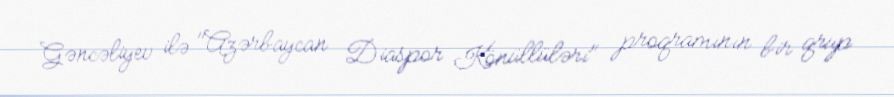
Gəncəliyev ilə "Azərbaycan Diaspor Könüllüləri" proqramının bir qrup